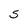
Character: S